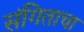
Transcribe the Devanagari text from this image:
संगिताचा